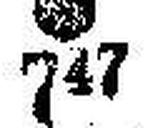
### 747